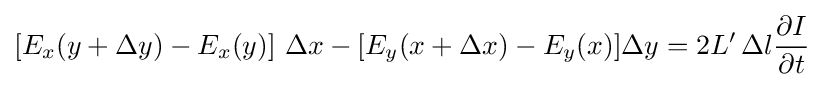
\left[E_{x}(y+\Delta y)-E_{x}(y)\right]\,\Delta x-[E_{y}(x+\Delta x)-E_{y}(x)]\Delta y=2L'\,\Delta l{\frac {\partial {I}}{\partial {t}}}